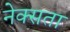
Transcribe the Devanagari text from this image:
नेक्सता